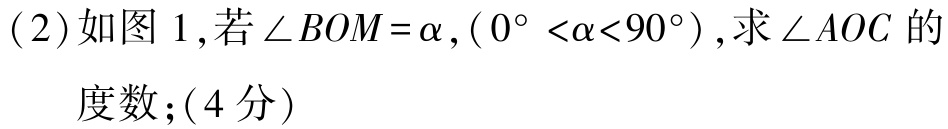
(2)如图 1,若\(\angle BOM = \alpha,(0^{\circ}<\alpha<90^{\circ})\),求\(\angle AOC\)的度数;(4分)